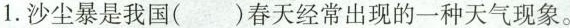
1.沙尘暴是我国( )春天经常出现的一种天气现象。